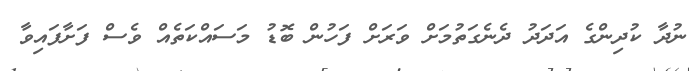
ނުދާ ކުދިންގެ އަދަދު ދެނެގަތުމަށް ވަރަށް ފަހުން ބޮޑު މަސައްކަތެއް ވެސް ފަށާފައިވާ